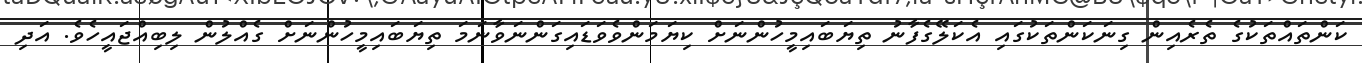
ކަންތައްތަކުގެ ތެރެއިން ގިނަކަންތަކުގައި އެކަލޭގެފާނު ތިޔަބައިމީހުންނަށް ކިޔަމަންވެވަޑައިގަންނަވާނަމަ ތިޔަބައިމީހުންނަށް ގެއްލުން ލިބިއްޖައީހެވެ. އަދި